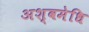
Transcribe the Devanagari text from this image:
अश्वमेधि